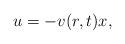
LaTeX: \begin{align*} u= - v(r,t) x,\end{align*}